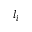
l _ { i }